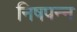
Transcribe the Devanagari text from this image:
निषपन्न